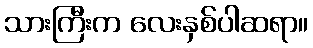
သားကြီးက လေးနှစ်ပါဆရာ။